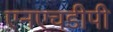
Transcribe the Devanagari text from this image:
एनएचडीपी